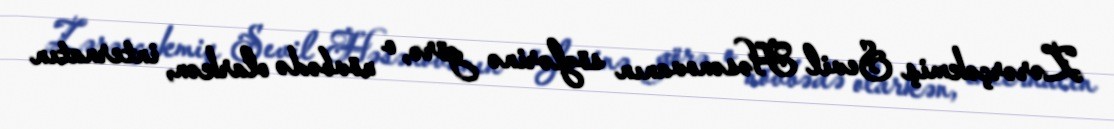
Zərərçəkmiş Sevil Həsənovanın sözlərinə görə, o növbədə olarkən, internatın